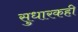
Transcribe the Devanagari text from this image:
सुधारकही